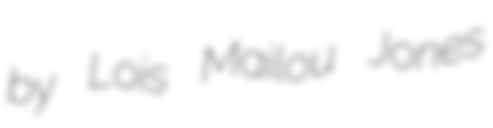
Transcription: by Lois Mailou Jones